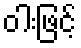
ဝါးဖြင့်